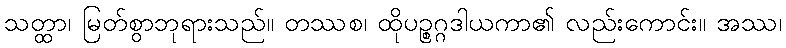
သတ္ထာ၊ မြတ်စွာဘုရားသည်။ တဿစ၊ ထိုပဉ္စဂ္ဂဒါယကာ၏ လည်းကောင်း။ အဿ၊